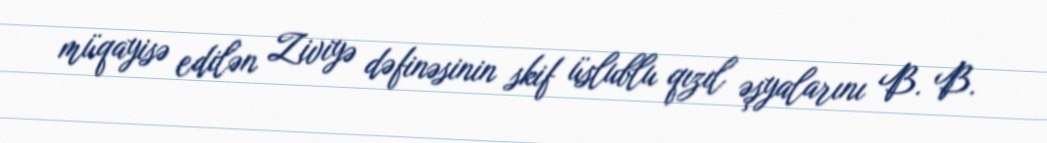
müqayisə edilən Ziviyə dəfinəsinin skif üslublu qızıl əşyalarını B. B.